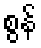
စွန်